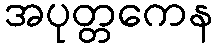
အပုတ္တကေန